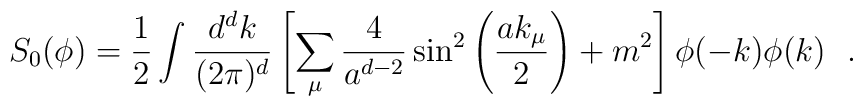
S_0(\phi)=\frac{1}{2}\int\frac{d^dk}{(2\pi)^d}\left[\sum_\mu\frac{4}{a^{d-2}}\sin^2\left(\frac{ak_\mu}{2}\right)+ m^2\right]\phi(-k)\phi(k)\ \ .